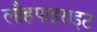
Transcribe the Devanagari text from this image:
लौहपाइराइट